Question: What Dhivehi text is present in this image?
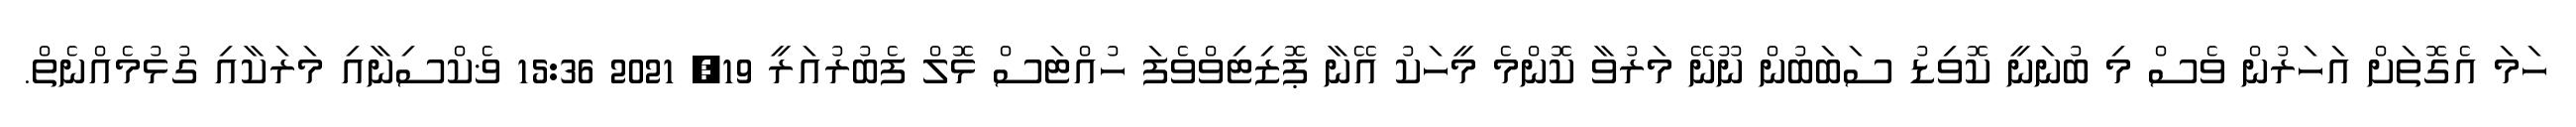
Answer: ހަމަ އެގޮތަށް އަހަރުން ވެސް މި ބުނަނީ ކޮވިޑު ސަބަބުން ނޫނޭ މަރުވާ ކޮންމެ މީހަކު އޭނާ ޕޮޒިޓިވްވެފަ ހުއްޓަސް ޅޮލް ފެބުރުއަރީ 19, 2021 15:36 ޥެކްސިނާއި މަރަކާއި ގުޅުމެއްނެތް.